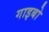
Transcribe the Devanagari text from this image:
गाइबो